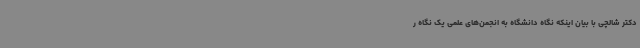
دکتر شالچی با بیان اینکه نگاه دانشگاه به انجمن‌های علمی یک نگاه ر